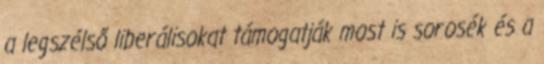
a legszélső liberálisokat támogatják most is sorosék és a